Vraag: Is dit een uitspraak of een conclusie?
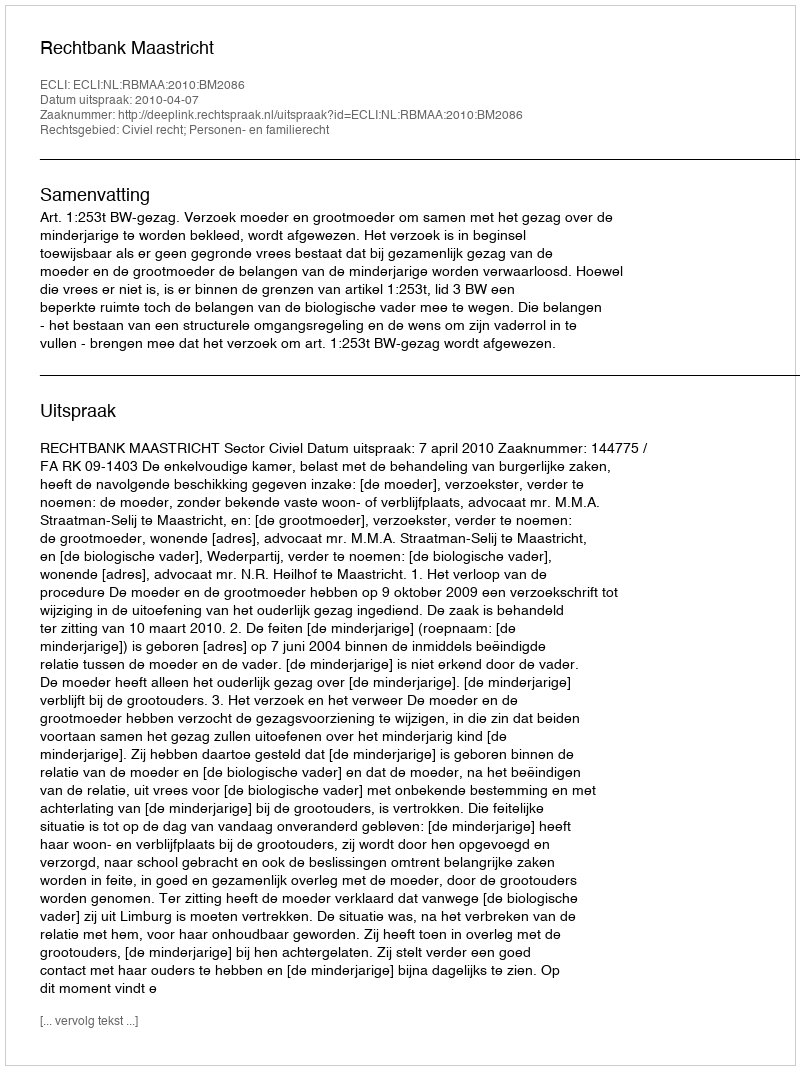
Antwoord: Uitspraak